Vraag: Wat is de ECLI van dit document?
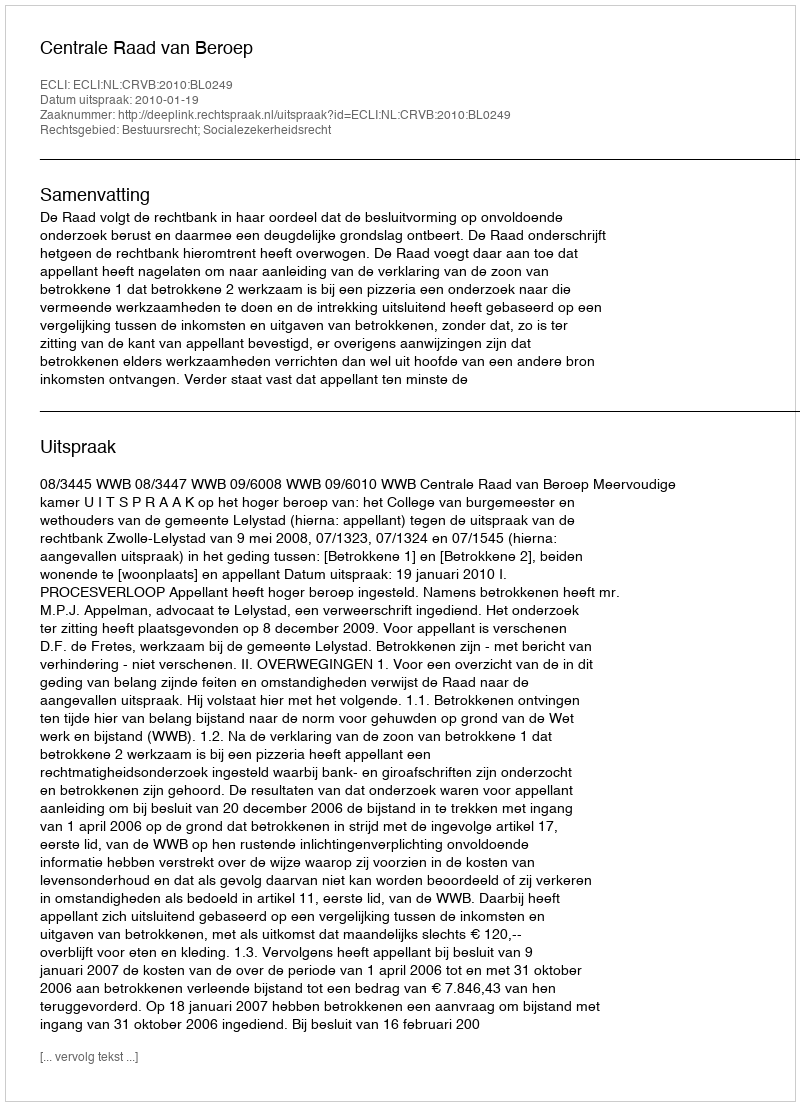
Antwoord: ECLI:NL:CRVB:2010:BL0249